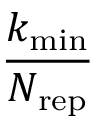
\frac { k _ { \mathrm { m i n } } } { N _ { \mathrm { r e p } } }